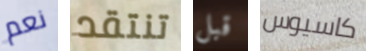
نعم تنتقد قبل كاسيوس